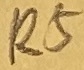
Text: R5